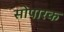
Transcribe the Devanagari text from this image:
सोपारक